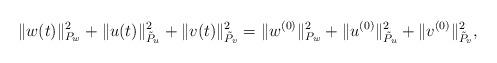
LaTeX: \begin{align*}\| w(t)\|^2_{P_w} + \| u(t)\|^2_{\tilde P_u} + \| v(t)\|^2_{\tilde P_v} = \| w^{(0)}\|^2_{P_w} + \| u^{(0)}\|^2_{\tilde P_u} + \| v^{(0)}\|^2_{\tilde P_v}, \end{align*}